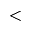
<